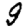
Digit: 9